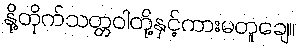
နို့တိုက်သတ္တဝါတို့နှင့်ကားမတူချေ။